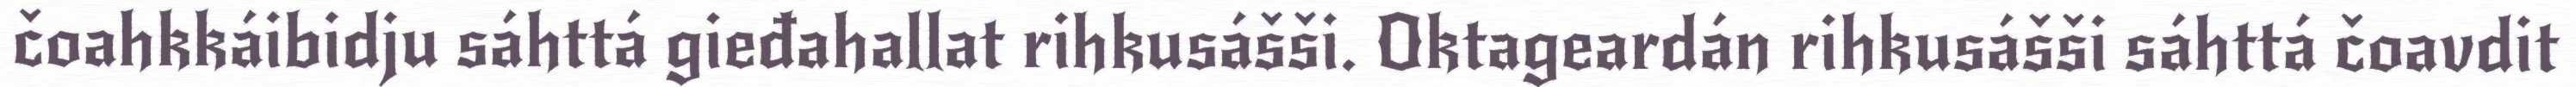
čoahkkáibidju sáhttá gieđahallat rihkusášši. Oktageardán rihkusášši sáhttá čoavdit